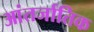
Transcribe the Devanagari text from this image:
आंतर्जातिक